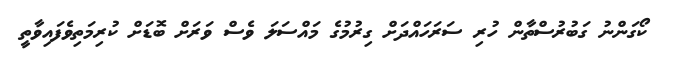
ކޯގަންނު ގަބުރުސްތާން ހުރި ސަރަހައްދަށް ގިރުމުގެ މައްސަލަ ވެސް ވަރަށް ބޮޑަށް ކުރިމަތިވެފައިވާތީ